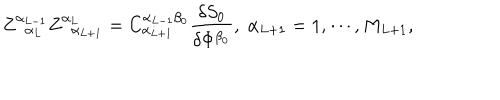
LaTeX: Z _ { \; \; \alpha _ { L } } ^ { \alpha _ { L - 1 } } Z _ { \; \; \alpha _ { L + 1 } } ^ { \alpha _ { L } } = C _ { \alpha _ { L + 1 } } ^ { \alpha _ { L - 1 } \beta _ { 0 } } \frac { \delta S _ { 0 } } { \delta \Phi ^ { \beta _ { 0 } } } , \; \alpha _ { L + 1 } = 1 , \cdots , M _ { L + 1 } ,